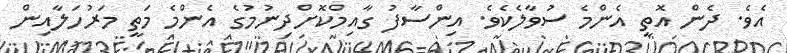
އެވެ. ދެން އޮތީ އެންމެ ސުވާލެކެވެ. އިންސާފު ގާއިމްކޮށްދިނުމުގެ އެންމެ މަތީ މަރުހަލާއިން